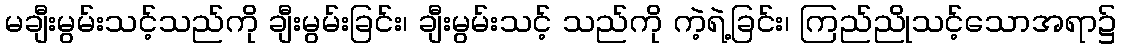
မချီးမွမ်းသင့်သည်ကို ချီးမွမ်းခြင်း၊ ချီးမွမ်းသင့် သည်ကို ကဲ့ရဲ့ခြင်း၊ ကြည်ညိုသင့်သောအရာ၌